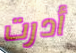
أدرت